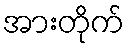
အားတိုက်